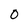
Character: 0